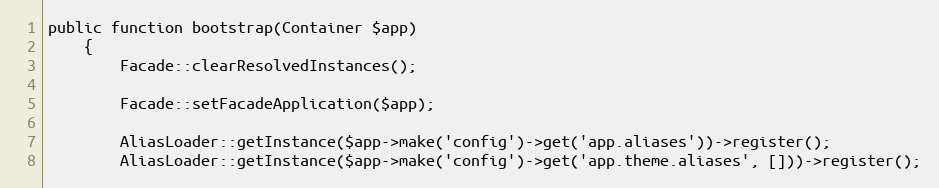
Language: PHP
public function bootstrap(Container $app)
    {
        Facade::clearResolvedInstances();

        Facade::setFacadeApplication($app);

        AliasLoader::getInstance($app->make('config')->get('app.aliases'))->register();
        AliasLoader::getInstance($app->make('config')->get('app.theme.aliases', []))->register();